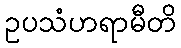
ဥပသံဟရာမီတိ